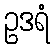
ဥဒရံ